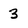
Character: 3